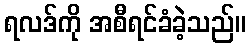
ရလဒ်ကို အစီရင်ခံခဲ့သည်။